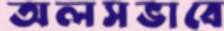
অলসভাবে